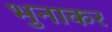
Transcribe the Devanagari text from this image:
भुनाकर